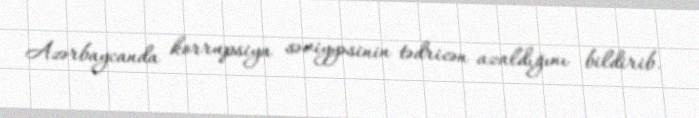
Azərbaycanda korrupsiya səviyyəsinin tədricən azaldığını bildirib.